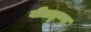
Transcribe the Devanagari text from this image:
वीततृष्ण